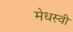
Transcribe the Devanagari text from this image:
मेधस्वी